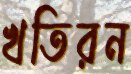
খতিরন